Report on vaccination in the Province of Bengal - 1869-1873
Year: 1869
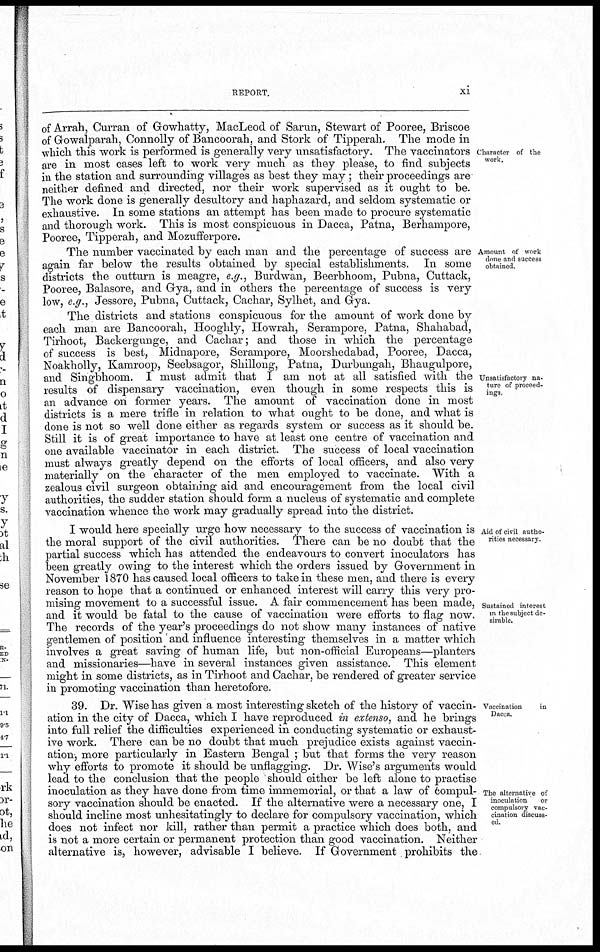
REPORT.
xi
Character of the
work.
of Arrah, Curran of Gowhatty, MacLeod of Sarun, Stewart of Pooree, Briscoe
of Gowalparah, Connolly of Bancoorah, and Stork of Tipperah. The mode in
which this work is performed is generally very unsatisfactory. The vaccinators
are in most cases left to work very much as they please, to find subjects
in the station and surrounding villages as best they may ; their proceedings are
neither defined and directed, nor their work supervised as it ought to be.
The work done is generally desultory and haphazard, and seldom systematic or
exhaustive. In some stations an attempt has been made to procure systematic
and thorough work. This is most conspicuous in Dacca, Patna, Berhampore,
Pooree, Tipperah, and Mozufferpore.
Amount of work
done and success
obtained.
The number vaccinated by each man and the percentage of success are
again far below the results obtained by special establishments. In some
districts the outturn is meagre, e.g., Burdwan, Beerbhoom, Pubna, Cuttack,
Pooree, Balasore, and Gya, and in others the percentage of success is very
low, e.g., Jessore, Pubna, Cuttack, Cachar, Sylhet, and Gya.
Unsatisfactory na-
ture of proceed-
ings.
The districts and stations conspicuous for the amount of work done by
each man are Bancoorah, Hooghly, Howrah, Serampore, Patna, Shahabad,
Tirhoot, Backergunge, and Cachar; and those in which the percentage
of success is best, Midnapore, Serampore, Moorshedabad, Pooree, Dacca,
Noakholly, Kamroop, Seebsagor, Shillong, Patna, Durbungah, Bhaugulpore,
and Singbhoom. I must admit that I am not at all satisfied with the
results of dispensary vaccination, even though in some respects this is
an advance on former years. The amount of vaccination done in most
districts is a mere trifle in relation to what ought to be done, and what is
done is not so well done either as regards system or success as it should be.
Still it is of great importance to have at least one centre of vaccination and
one available vaccinator in each district. The success of local vaccination
must always greatly depend on the efforts of local officers, and also very
materially on the character of the men employed to vaccinate. With a
zealous civil surgeon obtaining aid and encouragement from the local civil
authorities, the sudder station should form a nucleus of systematic and complete
vaccination whence the work may gradually spread into the district.
Aid of civil autho-
rities necessary.
Sustained interest
in the subject de-
sirable.
I would here specially urge how necessary to the success of vaccination is
the moral support of the civil authorities. There can be no doubt that the
partial success which has attended the endeavours to convert inoculators has
been greatly owing to the interest which the orders issued by Government in
November 1870 has caused local officers to take in these men, and there is every
reason to hope that a continued or enhanced interest will carry this very pro-
mising movement to a successful issue. A fair commencement has been made,
and it would be fatal to the cause of vaccination were efforts to flag now.
The records of the year's proceedings do not show many instances of native
gentlemen of position and influence interesting themselves in a matter which
involves a great saving of human life, but non-official Europeans—planters
and missionaries—have in several instances given assistance. This element
might in some districts, as in Tirhoot and Cachar, be rendered of greater service
in promoting vaccination than heretofore.
Vaccination
in
Dacca.
The alternative of
inoculation
or
compulsory vac-
cination discuss-
ed.
39. Dr. Wise has given a most interesting sketch of the history of vaccin-
ation in the city of Dacca, which I have reproduced in extenso, and he brings
into full relief the difficulties experienced in conducting systematic or exhaust-
ive work. There can be no doubt that much prejudice exists against vaccin-
ation, more particularly in Eastern Bengal ; but that forms the very reason
why efforts to promote it should be unflagging. Dr. Wise's arguments would
lead to the conclusion that the people should either be left alone to practise
inoculation as they have done from time immemorial, or that a law of compul¬
sory vaccination should be enacted. If the alternative were a necessary one, I
should incline most unhesitatingly to declare for compulsory vaccination, which
does not infect nor kill, rather than permit a practice which does both, and
is not a more certain or permanent protection than good vaccination. Neither
alternative is, however, advisable I believe. If Government prohibits the